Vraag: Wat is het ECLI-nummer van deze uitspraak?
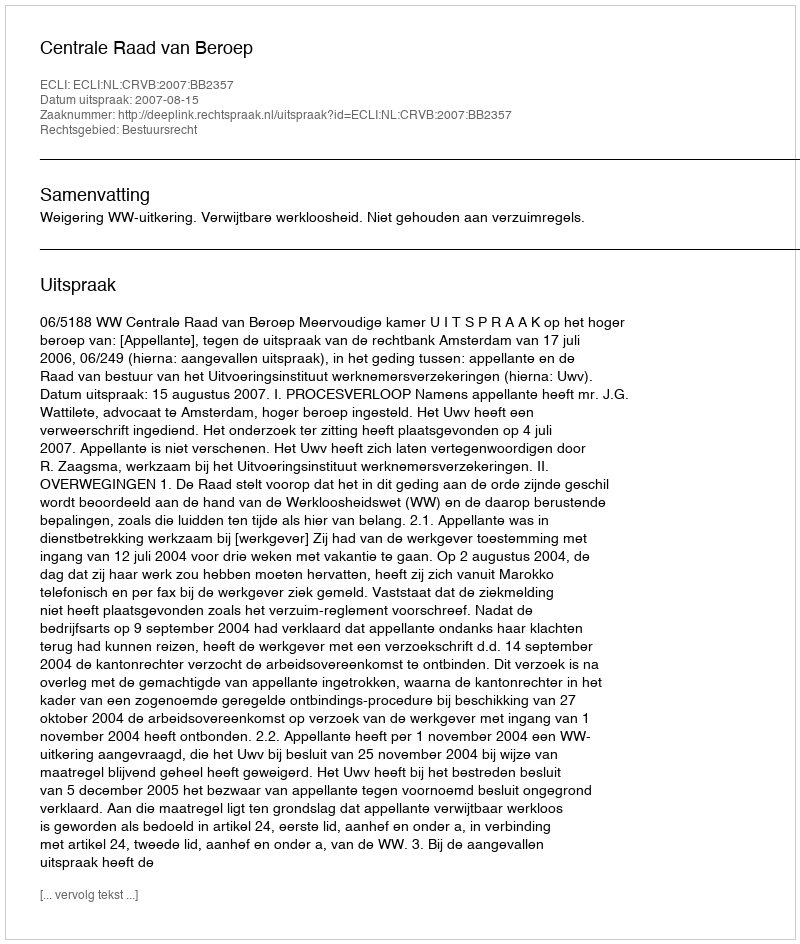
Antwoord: ECLI:NL:CRVB:2007:BB2357